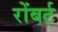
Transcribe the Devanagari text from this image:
रोंबर्ट